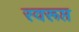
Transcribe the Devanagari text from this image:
स्वरूप्त